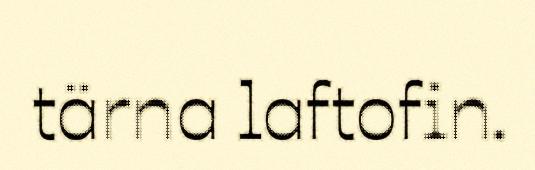
tärna laftofin.